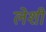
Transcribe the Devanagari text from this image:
लेशी